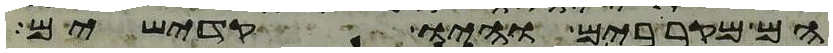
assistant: הם מקרבים והיו קדישים